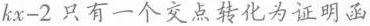
k x - 2$$ 只有一个交点转化为证明函